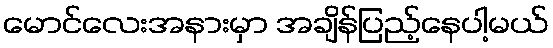
မောင်လေးအနားမှာ အချိန်ပြည့်နေပါ့မယ်